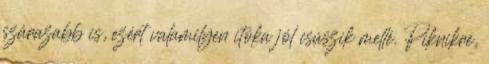
szárazabb is, ezért valamilyen itóka jól csúszik mellé. Piknikre,